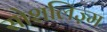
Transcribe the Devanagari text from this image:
सोशलिज़्म